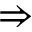
\Rightarrow